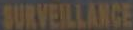
SURVEILLANCE